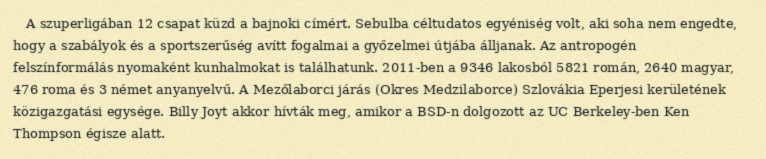
A szuperligában 12 csapat küzd a bajnoki címért. Sebulba céltudatos egyéniség volt, aki soha nem engedte, hogy a szabályok és a sportszerűség avítt fogalmai a győzelmei útjába álljanak. Az antropogén felszínformálás nyomaként kunhalmokat is találhatunk. 2011-ben a 9346 lakosból 5821 román, 2640 magyar, 476 roma és 3 német anyanyelvű. A Mezőlaborci járás (Okres Medzilaborce) Szlovákia Eperjesi kerületének közigazgatási egysége. Billy Joyt akkor hívták meg, amikor a BSD-n dolgozott az UC Berkeley-ben Ken Thompson égisze alatt.